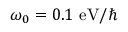
\protect \omega _ { 0 } = 0 . 1 \ \mathrm { e V } / \hbar